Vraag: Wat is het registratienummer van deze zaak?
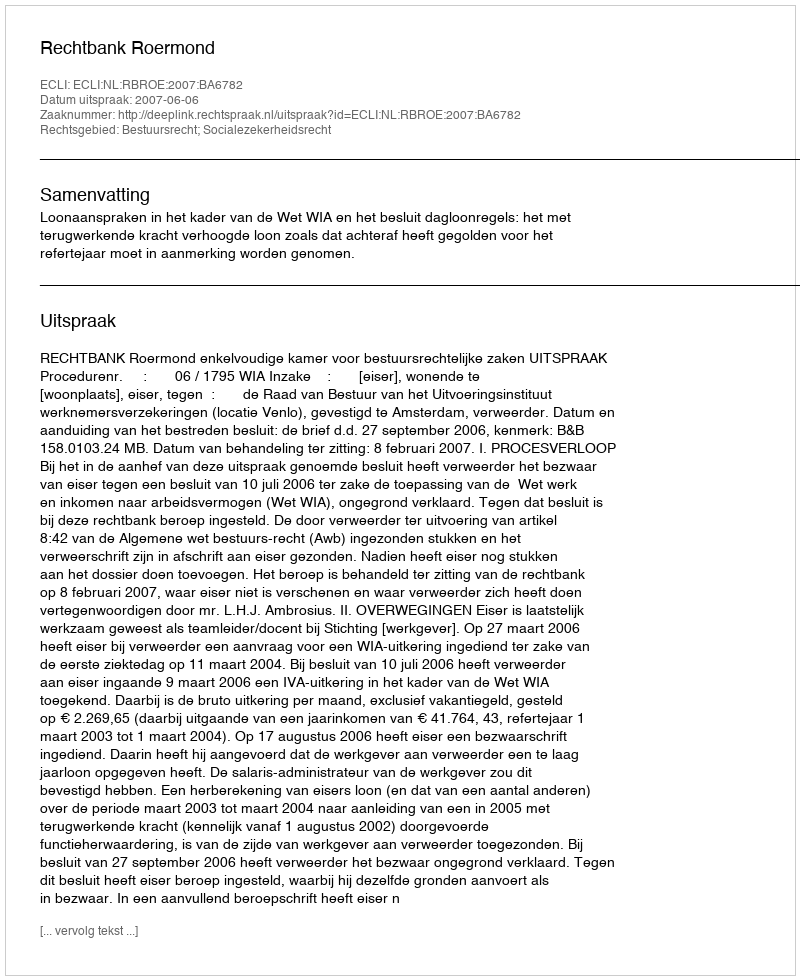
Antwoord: http://deeplink.rechtspraak.nl/uitspraak?id=ECLI:NL:RBROE:2007:BA6782